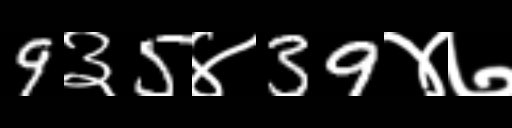
Text: 9३5४39४७